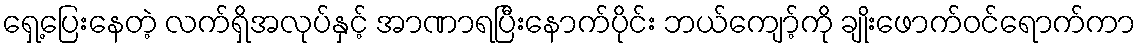
ရှေ့ပြေးနေတဲ့ လက်ရှိအလုပ်နှင့် အာဏာရပြီးနောက်ပိုင်း ဘယ်ကျော့်ကို ချိုးဖောက်ဝင်ရောက်ကာ